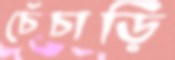
চেঁচাড়ি